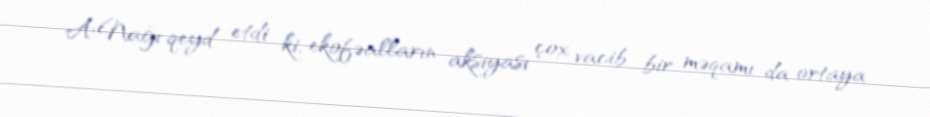
A.Nağı qeyd etdi ki, ekofəalların aksiyası çox vacib bir məqamı da ortaya